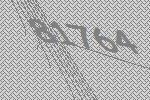
81764